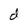
Character: d